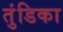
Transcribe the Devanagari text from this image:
तुंडिका